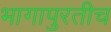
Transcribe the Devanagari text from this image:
भागापुरतीच